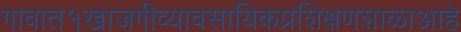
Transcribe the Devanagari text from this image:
गावात१खाजगीव्यावसायिकप्रशिक्षणशाळाआहे